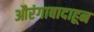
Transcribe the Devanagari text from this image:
औरंगाबादाहून